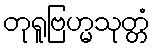
တုရူဗြဟ္မသုတ္တံ